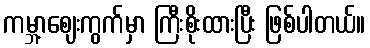
ကမ္ဘာ့ဈေးကွက်မှာ ကြီးစိုးထားပြီး ဖြစ်ပါတယ်။